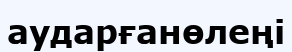
аударғанөлеңі